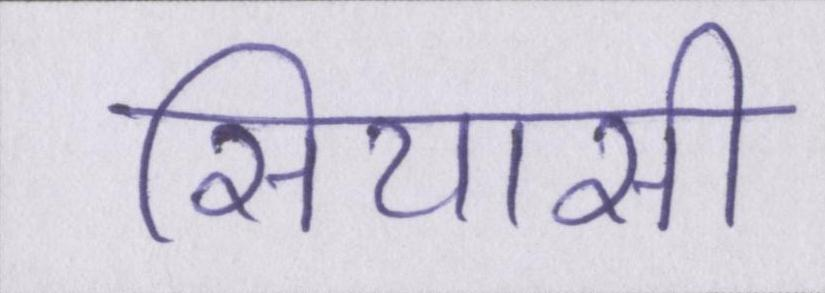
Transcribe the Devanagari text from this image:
सियासी